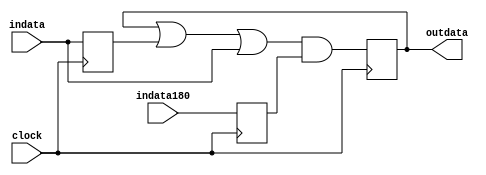
module filter (clock, indata, indata180, outdata);
input clock;
input [31:0] indata;
input [31:0] indata180;
output [31:0] outdata;

reg [31:0] dly_indata, next_dly_indata; 
reg [31:0] dly_indata180, next_dly_indata180; 
reg [31:0] outdata, next_outdata;

always @(posedge clock) 
begin
  outdata = next_outdata;
  dly_indata = next_dly_indata;
  dly_indata180 = next_dly_indata180;
end

always @*
begin
  #1;
  next_outdata = (outdata | dly_indata | indata) & dly_indata180;
  next_dly_indata = indata;
  next_dly_indata180 = indata180;
end
endmodule